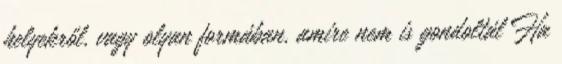
helyekről, vagy olyan formában, amire nem is gondoltál Ha